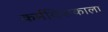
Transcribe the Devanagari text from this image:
कर्मविपाकाला